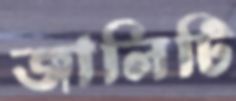
জালিটি